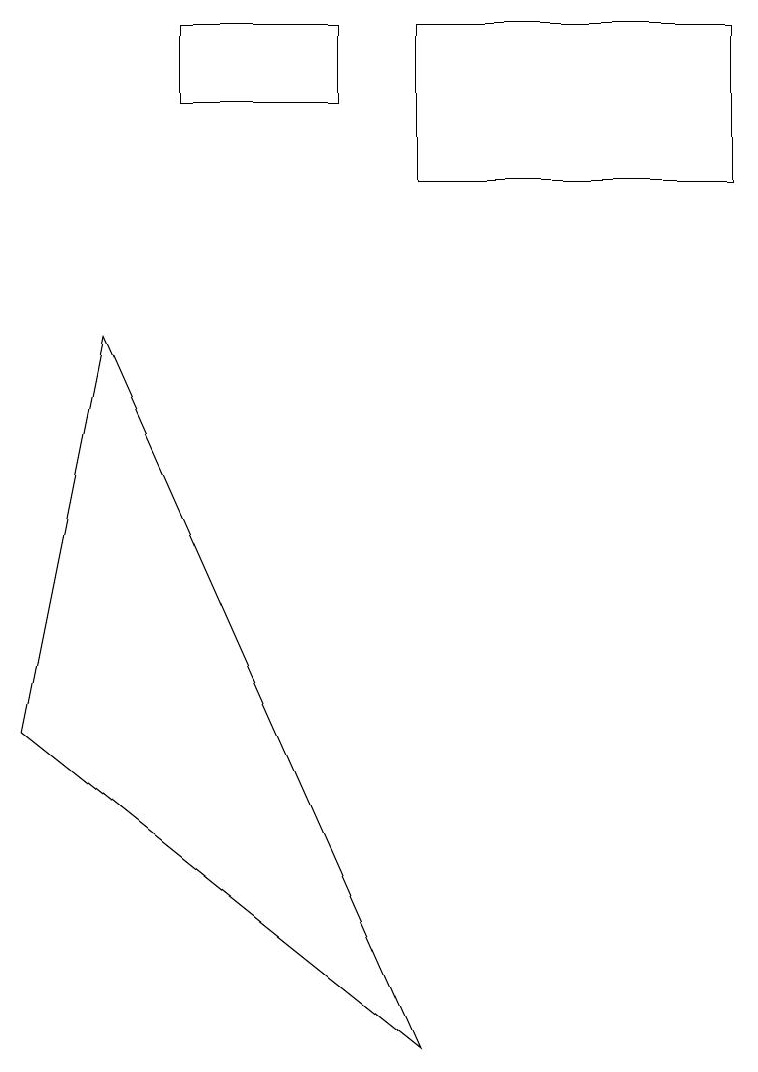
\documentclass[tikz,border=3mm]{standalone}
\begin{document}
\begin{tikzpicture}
\draw (1,9) -- (0,4) -- (5,0) -- cycle;
\draw (4,13) rectangle (2,12);
\draw (9,11) rectangle (5,13);
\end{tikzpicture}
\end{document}